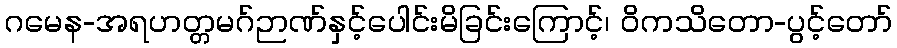
ဂမေန-အရဟတ္တမဂ်ဉာဏ်နှင့်ပေါင်းမိခြင်းကြောင့်၊ ဝိကသိတော-ပွင့်တော်